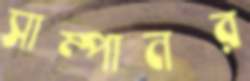
সাম্পানর